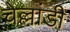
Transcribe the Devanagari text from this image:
चेल्लांडी